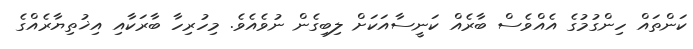
ކަންތައް ހިންގުމުގެ އެއްވެސް ބާރެއް ކަނީސާއަކަށް ލިބިގެން ނުވެއެވެ. މިހުރިހާ ބާރަކާއި އިޚުތިޔާރެއްގެ